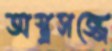
অস্ত্রসজ্জে